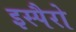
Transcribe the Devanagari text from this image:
इस्पैरो